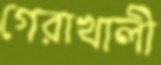
গেরাখালী